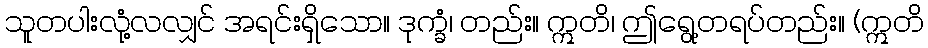
သူတပါးလုံ့လလျှင် အရင်းရှိသော။ ဒုက္ခံ၊ တည်း။ ဣတိ၊ ဤရွေ့တရပ်တည်း။ (ဣတိ